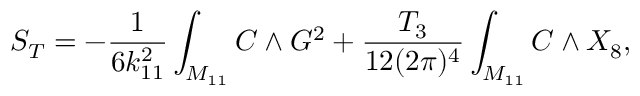
S _ { T } = - { \frac { 1 } { 6 k _ { 1 1 } ^ { 2 } } } \int _ { M _ { 1 1 } } C \wedge G ^ { 2 } + { \frac { T _ { 3 } } { 1 2 ( 2 \pi ) ^ { 4 } } } \int _ { M _ { 1 1 } } C \wedge X _ { 8 } ,